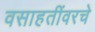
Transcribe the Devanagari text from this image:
वसाहतींवरचे